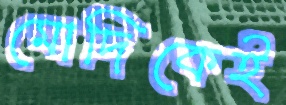
মোদিকেই